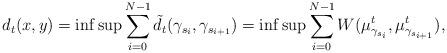
LaTeX: \begin{align*}d_t(x,y)=\inf\sup\sum_{i=0}^{N-1}\tilde{d_t}(\gamma_{s_i},\gamma_{s_{i+1}})= \inf\sup\sum_{i=0}^{N-1}W(\mu^t_{\gamma_{s_i}},\mu^t_{\gamma_{s_{i+1}}}),\end{align*}